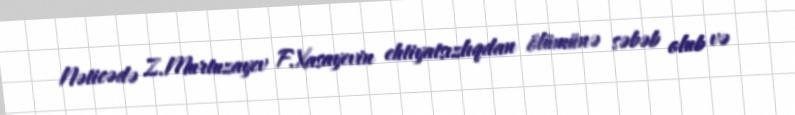
Nəticədə Z.Murtuzayev F.Xasayevin ehtiyatsızlıqdan ölümünə səbəb olub və